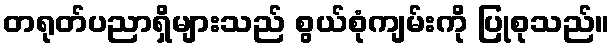
တရုတ်ပညာရှိများသည် စွယ်စုံကျမ်းကို ပြုစုသည်။